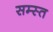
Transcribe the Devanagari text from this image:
सम्स्त